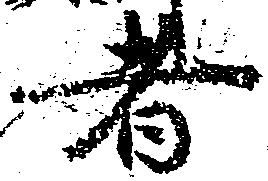
者